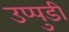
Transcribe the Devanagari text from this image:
उप्पुडी